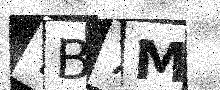
Text: TB7M